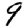
Digit: 9